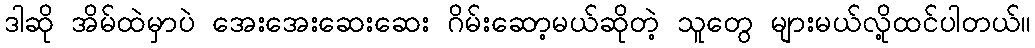
ဒါဆို အိမ်ထဲမှာပဲ အေးအေးဆေးဆေး ဂိမ်းဆော့မယ်ဆိုတဲ့ သူတွေ များမယ်လို့ထင်ပါတယ်။